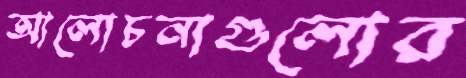
আলোচনাগুলোর